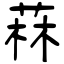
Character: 菻